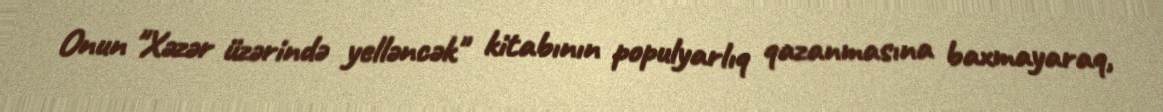
Onun "Xəzər üzərində yelləncək" kitabının populyarlıq qazanmasına baxmayaraq,